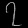
Digit: ၇